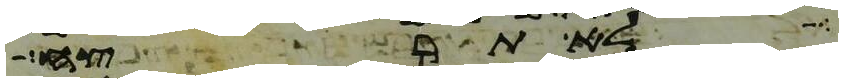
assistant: לא תרצח